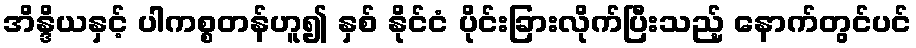
အိန္ဒိယနှင့် ပါကစ္စတန်ဟူ၍ နှစ် နိုင်ငံ ပိုင်းခြားလိုက်ပြီးသည့် နောက်တွင်ပင်